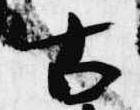
古